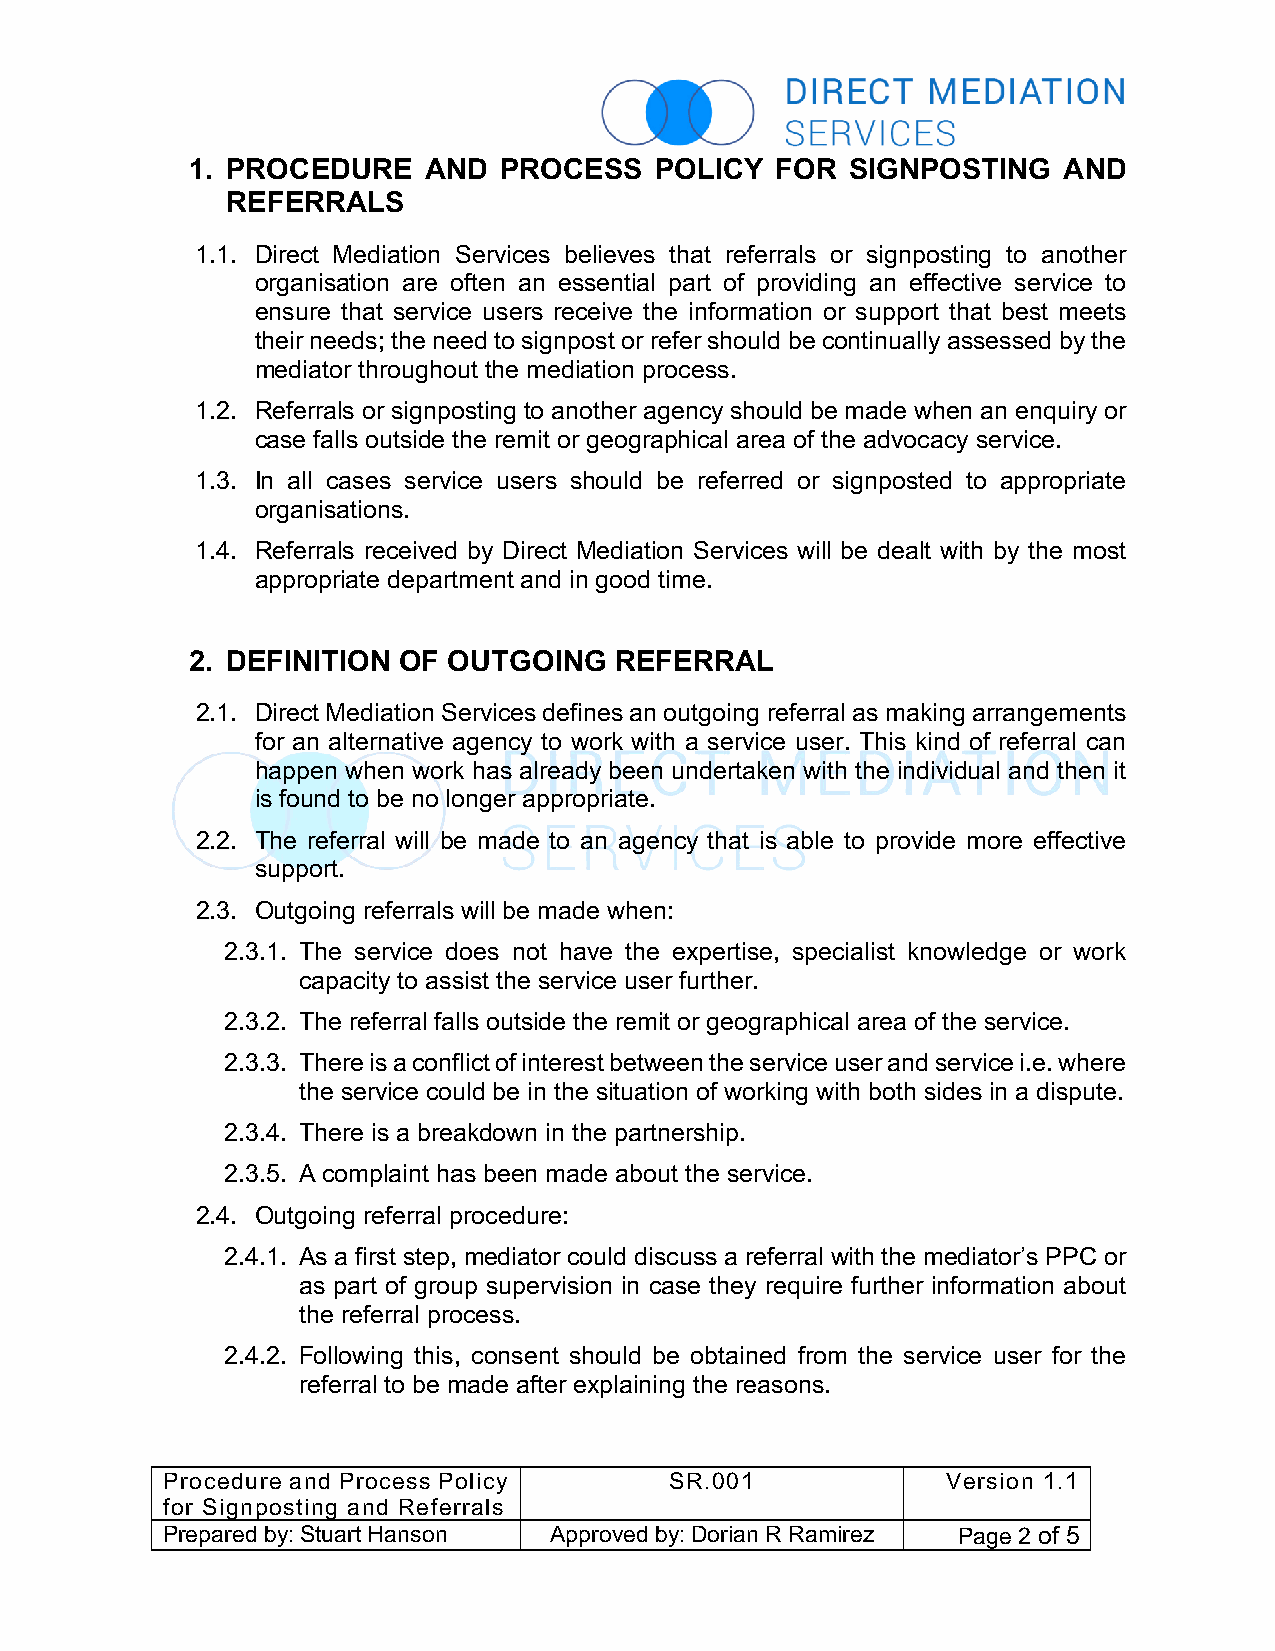
1. PROCEDURE    AND  PROCESS   POLICY  FOR  SIGNPOSTING   AND
 REFERRALS
 1.1. Direct Mediation Services believes that referrals or signposting to another
 organisation are often an essential part of providing an effective service to
 ensure that service users receive the information or support that best meets
 their needs; the need to signpost or refer should be continually assessed by the
 mediator throughout the mediation process.
 1.2. Referrals or signposting to another agency should be made when an enquiry or
 case falls outside the remit or geographical area of the advocacy service.
 1.3. In all cases service users should be referred or signposted to appropriate
 organisations.
 1.4. Referrals received by Direct Mediation Services will be dealt with by the most
 appropriate department and in good time.
 2. DEFINITION OF  OUTGOING   REFERRAL
 2.1. Direct Mediation Services defines an outgoing referral as making arrangements
 for an alternative agency to work with a service user. This kind of referral can
 happen when work has already been undertaken with the individual and then it
 is found to be no longer appropriate.
 2.2. The referral will be made to an agency that is able to provide more effective
 support.
 2.3. Outgoing referrals will be made when:
 2.3.1. The service does not have the expertise, specialist knowledge or work
 capacity to assist the service user further.
 2.3.2. The referral falls outside the remit or geographical area of the service.
 2.3.3. There is a conflict of interest between the service user and service i.e. where
 the service could be in the situation of working with both sides in a dispute.
 2.3.4. There is a breakdown in the partnership.
 2.3.5. A complaint has been made about the service.
 2.4. Outgoing referral procedure:
 2.4.1. As a first step, mediator could discuss a referral with the mediator’s PPC or
 as part of group supervision in case they require further information about
 the referral process.
 2.4.2. Following this, consent should be obtained from the service user for the
 referral to be made after explaining the reasons.
 Procedure and Process Policy     SR.001             Version 1.1
 for Signposting and Referrals
 Prepared by: Stuart Hanson Approved by: Dorian R Ramirez Page 2 of 5